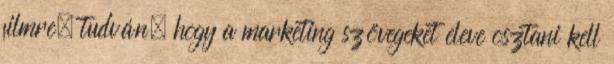
filmre, tudván, hogy a marketing szövegeket eleve osztani kell